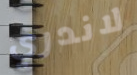
لاندري